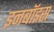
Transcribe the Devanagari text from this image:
इनबॉइस